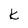
Character: k